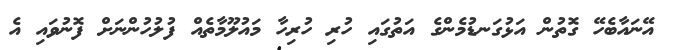
އޭނައާބެހޭ ގޮތުން އަޅުގަނޑުމެންގެ އަތުގައި ހުރި ހުރިހާ މައުލޫމާތެއް ފުލުހުންނަށް ފޮނުވައި އެ